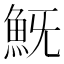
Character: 𩵪